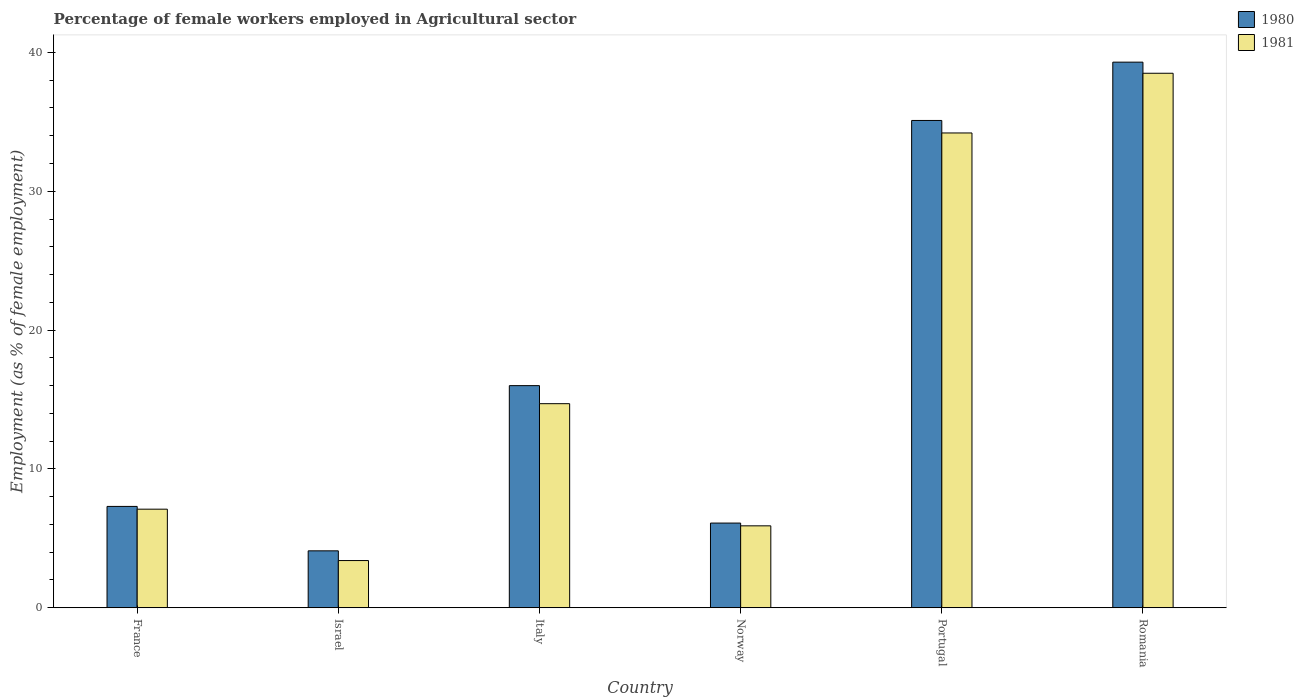
| Country | 1980 | 1981 |
 | --- | --- | --- |
 | France | 7.3 | 7.1 |
 | Israel | 4.1 | 3.4 |
 | Italy | 16 | 14.7 |
 | Norway | 6.1 | 5.9 |
 | Portugal | 35.1 | 34.2 |
 | Romania | 39.3 | 38.5 |